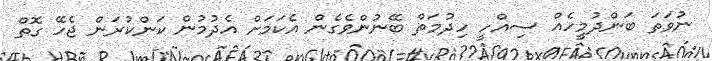
ނުވަތަ ބަންދުމީހެއް ސިއްހީ ހިދުމަތް ބޭނުންވެގެން އެކަމަށް އެދުމުން ކަންކުރަން ޖެހޭ ގޮތް